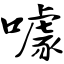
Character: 噱